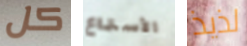
كل الأستماع لذيذ